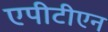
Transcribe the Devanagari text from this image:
एपीटीएन